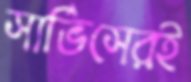
সার্ভিসেরই